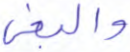
والبغي